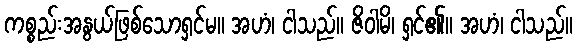
ကစ္စည်းအနွယ်ဖြစ်သောရှင်မ။ အဟံ၊ ငါသည်။ ဇိဝါမိ၊ ရှင်၏။ အဟံ၊ ငါသည်။